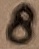
Text: 8